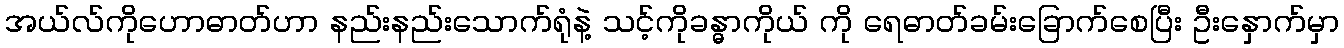
အယ်လ်ကိုဟောဓာတ်ဟာ နည်းနည်းသောက်ရုံနဲ့ သင့်ကိုခန္ဓာကိုယ် ကို ရေဓာတ်ခမ်းခြောက်စေပြီး ဦးနှောက်မှာ